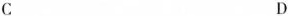
C D